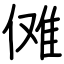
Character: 傩